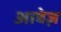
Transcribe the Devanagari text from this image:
आबेज़